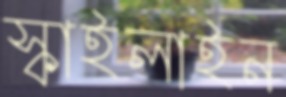
স্কাইলাইন